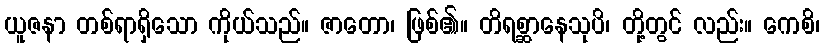
ယူဇနာ တစ်ရာရှိသော ကိုယ်သည်။ ဇာတော၊ ဖြစ်၏။ တိရစ္ဆာနေသုပိ၊ တို့တွင် လည်း။ ကေစိ၊